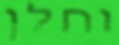
וחלן